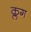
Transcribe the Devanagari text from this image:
क्लग